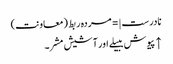
نادرست |=مردہ ربط (معاونت)
↑ پیوش ببیلے اور آشیش مشر۔